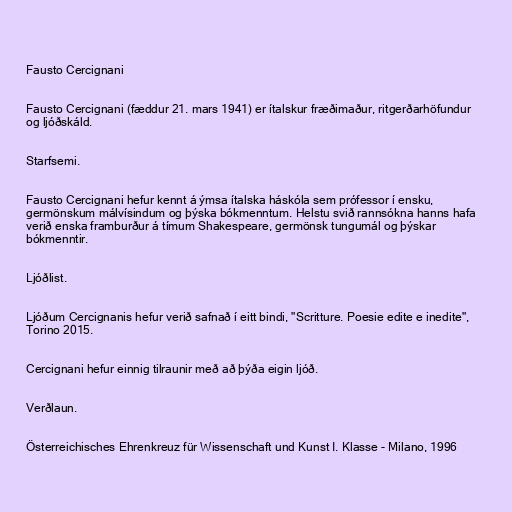
Fausto Cercignani

Fausto Cercignani (fæddur 21. mars 1941) er ítalskur fræðimaður, ritgerðarhöfundur
og ljóðskáld.

Starfsemi.

Fausto Cercignani hefur kennt á ýmsa ítalska háskóla sem prófessor í ensku,
germönskum málvísindum og þýska bókmenntum. Helstu svið rannsókna hanns hafa
verið enska framburður á tímum Shakespeare, germönsk tungumál og þýskar
bókmenntir.

Ljóðlist.

Ljóðum Cercignanis hefur verið safnað í eitt bindi, "Scritture. Poesie edite e inedite",
Torino 2015.

Cercignani hefur einnig tilraunir með að þýða eigin ljóð.

Verðlaun.

Österreichisches Ehrenkreuz für Wissenschaft und Kunst I. Klasse - Milano, 1996